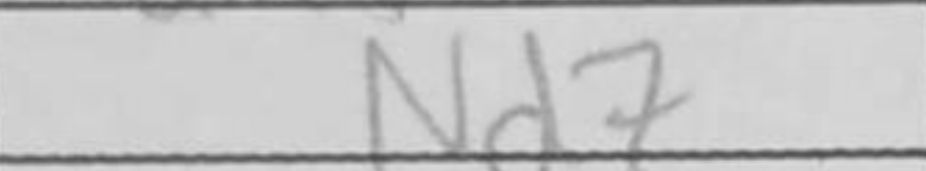
Transcription: Nd7